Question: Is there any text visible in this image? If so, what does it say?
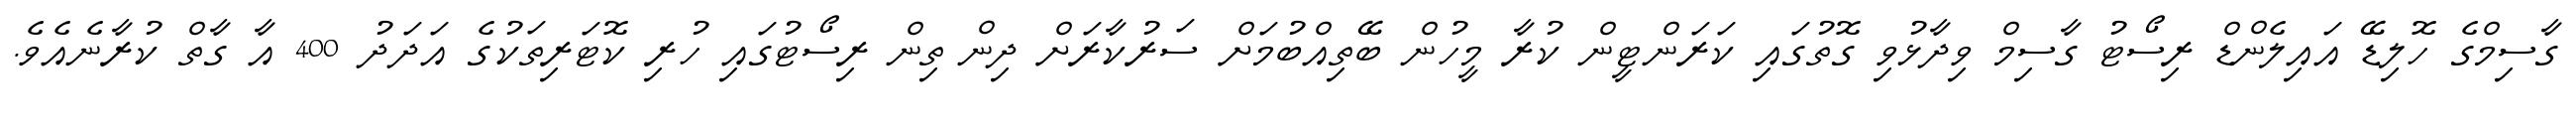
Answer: ގާސިމްގެ ހޮލިޑޭ އައިލެންޑް ރިސޯޓު ގާސިމް ވިދާޅުވި ގޮތުގައި ކަރަންޓީން ކުރާ މީހުން ބޭތިއްބުމަށް ސަރުކާރަށް ދިން ތިން ރިސޯޓުގައި ހުރި ކޮޓަރިތަކުގެ އަދަދު 400 އާ ގާތް ކުރާނެއެވެ.